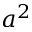
a ^ { 2 }